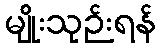
မျိုးသုဉ်းရန်